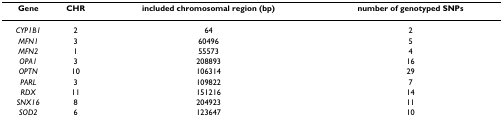
| Gene | CHR | included chromosomal region (bp) | number of genotyped SNPs |
 | --- | --- | --- | --- |
 | CYP1B1 | 2 | 64 | 2 |
 | MFN1 | 3 | 60496 | 5 |
 | MFN2 | 1 | 55573 | 4 |
 | OPA1 | 3 | 208893 | 16 |
 | OPTN | 10 | 106314 | 29 |
 | PARL | 3 | 109822 | 7 |
 | RDX | 11 | 151216 | 14 |
 | SNX16 | 8 | 204923 | 11 |
 | SOD2 | 6 | 123647 | 10 |